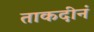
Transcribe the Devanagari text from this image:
ताकदीनं